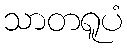
သာတရူပံ